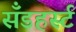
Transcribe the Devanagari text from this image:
सॅँडहर्स्ट